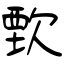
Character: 歅